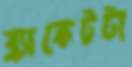
ব্র্যাকেটটা